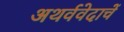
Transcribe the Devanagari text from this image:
अथर्ववेदाचें